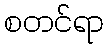
စတင်ရာ